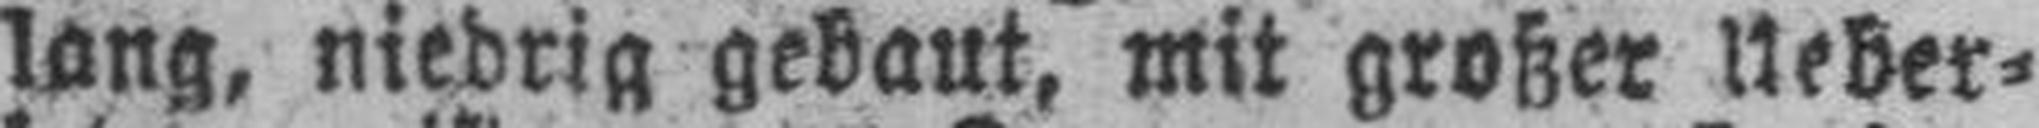
lang, niedrig gebaut, mit großer Ueber¬